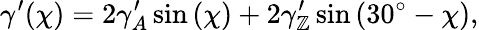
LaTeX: \gamma^{\prime}(\chi)=2\gamma_{A}^{\prime}\sin{(\chi)}+2\gamma_{\mathbb{Z}}^{\prime}\sin{(30^{\circ}-\chi)},